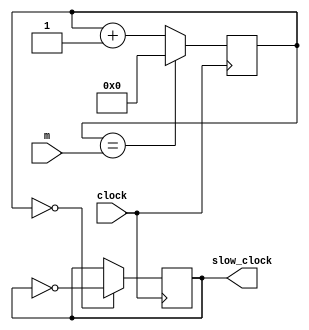
`timescale 1ns / 1ps
//////////////////////////////////////////////////////////////////////////////////
// Company: 
// Engineer: 
// 
// Design Name: 
// Module Name: clk_divider
// Project Name: 
// Target Devices: 
// Tool Versions: 
// Description: 
// 
// Dependencies: 
// 
// Revision:
// Revision 0.01 - File Created
// Additional Comments:
// 
//////////////////////////////////////////////////////////////////////////////////

module clk_divider(
    input clock,
    output reg slow_clock = 0,
    input [31:0] m
    );
    
    reg [31:0] COUNT = 31'd0;
        
    always @(posedge clock)
        begin
        //Cutoff Value "m" = (x/2) - 1, where x nanoseconds happen
        COUNT <= (COUNT == m) ? 0 : COUNT + 1;
        slow_clock <= (COUNT == 0) ? ~slow_clock : slow_clock;
        end
endmodule